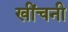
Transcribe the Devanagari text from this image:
खींचनी